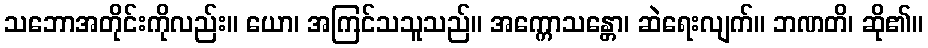
သဘောအတိုင်းကိုလည်း။ ယော၊ အကြင်သသူသည်။ အက္ကောသန္တော၊ ဆဲရေးလျက်။ ဘဏတိ၊ ဆို၏။